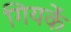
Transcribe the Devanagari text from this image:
गियर्के